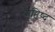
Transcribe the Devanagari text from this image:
महिष्द